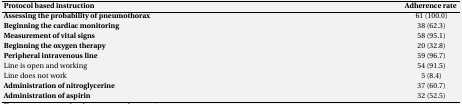
<table><thead><tr><td><b>Protocol based instruction </b></td><td><b>Adherence rate</b></td></tr></thead><tbody><tr><td><b>Assessing the probability of pneumothorax </b></td><td>61 (100.0)</td></tr><tr><td><b>Beginning the cardiac monitoring </b></td><td>38 (62.3)</td></tr><tr><td><b>Measurement of vital signs </b></td><td>58 (95.1)</td></tr><tr><td><b>Beginning the oxygen therapy </b></td><td>20 (32.8)</td></tr><tr><td><b>Peripheral intravenous line </b></td><td>59 (96.7)</td></tr><tr><td>Line is open and working </td><td>54 (91.5)</td></tr><tr><td>Line does not work </td><td>5 (8.4)</td></tr><tr><td><b>Administration of nitroglycerine </b></td><td>37 (60.7)</td></tr><tr><td><b>Administration of aspirin </b></td><td>32 (52.5)</td></tr></tbody></table>